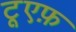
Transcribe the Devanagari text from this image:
टूएफ़